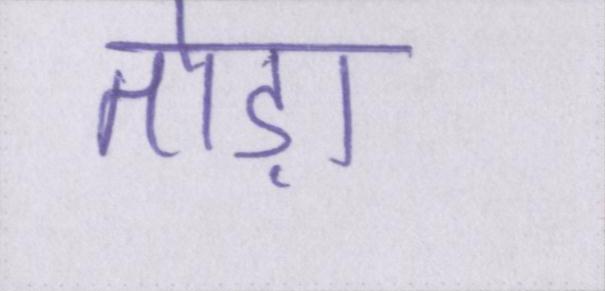
तोड़ा